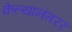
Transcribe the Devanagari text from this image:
केल्यानंतरर